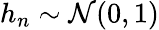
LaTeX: h_{n}\sim\mathcal{N}(0,1)